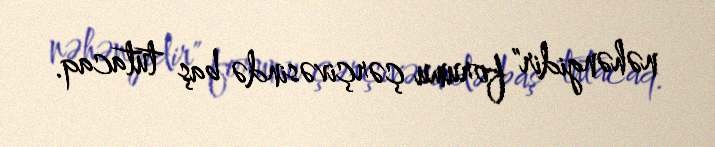
nəhəngidir" forumu çərçivəsində baş tutacaq.